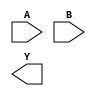
module xor_gate (
    input A,
    input B,
    output Y
);

wire n1, n2;

// Inverters
nand nandgate_1 (A, n1, n2);
nand nandgate_2 (B, n2, Y);

endmodule